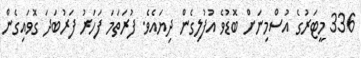
336 މީޓަރުގެ އުސްމިނަށް ބޮޑުވެ އުފުލިގެން ދިޔައެވެ. ފުރަތަމަ ފަހަރު ފަރުބަދަ ގޮވައިގެން